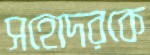
সহোদরকে